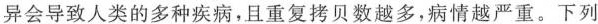
异会导致人类的多种疾病，且重复拷贝数越多，病情越严重。下列